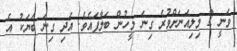
ވަނީ 2 މިލިއަނަށްވުރެ ގިނަ މީހުން ބަލާފައެވެ. އަދި ގިނަ ބަޔަކު އެ